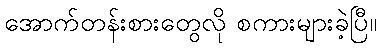
အောက်တန်းစားတွေလို စကားများခဲ့ပြီ။